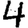
Digit: 4